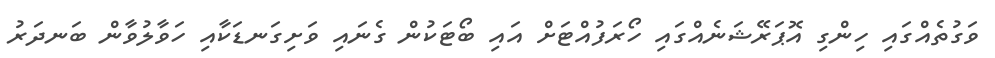
ވަގުތެއްގައި ހިންގި އޮޕަރޭޝަނެއްގައި ހޯރަފުއްޓަށް އައި ބޯޓަކުން ގެނައި ވަށިގަނޑަކާއި ހަވާލުވާން ބަނދަރު